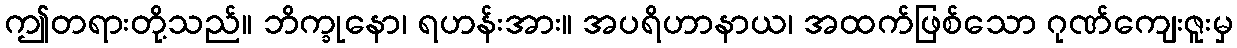
ဤတရားတို့သည်။ ဘိက္ခုနော၊ ရဟန်းအား။ အပရိဟာနာယ၊ အထက်ဖြစ်သော ဂုဏ်ကျေးဇူးမှ